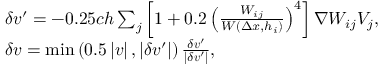
\begin{array} { r l } & { \delta \boldsymbol { v } ^ { \prime } = - 0 . 2 5 c h \sum _ { j } \left[ 1 + 0 . 2 \left( \frac { W _ { i j } } { W ( \Delta x , h _ { i } ) } \right) ^ { 4 } \right] { \nabla } W _ { i j } V _ { j } , } \\ & { \delta \boldsymbol { v } = \operatorname* { m i n } \left( 0 . 5 \left| \boldsymbol { v } \right| , \left| \delta \boldsymbol { v } ^ { \prime } \right| \right) \frac { \delta \boldsymbol { v } ^ { \prime } } { \left| \delta \boldsymbol { v } ^ { \prime } \right| } , } \end{array}